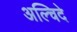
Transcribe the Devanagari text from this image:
अल्चिदे